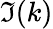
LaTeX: \Im(k)